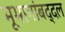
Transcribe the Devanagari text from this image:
भूभागांबद्दल